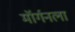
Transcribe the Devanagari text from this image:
मॉर्गनला